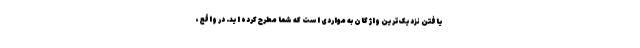
یافتن نزدیک‌ترین واژگان به مواردی است که شما مطرح کرده اید. در واقع،